Virumaa_algkoolid, lk 4
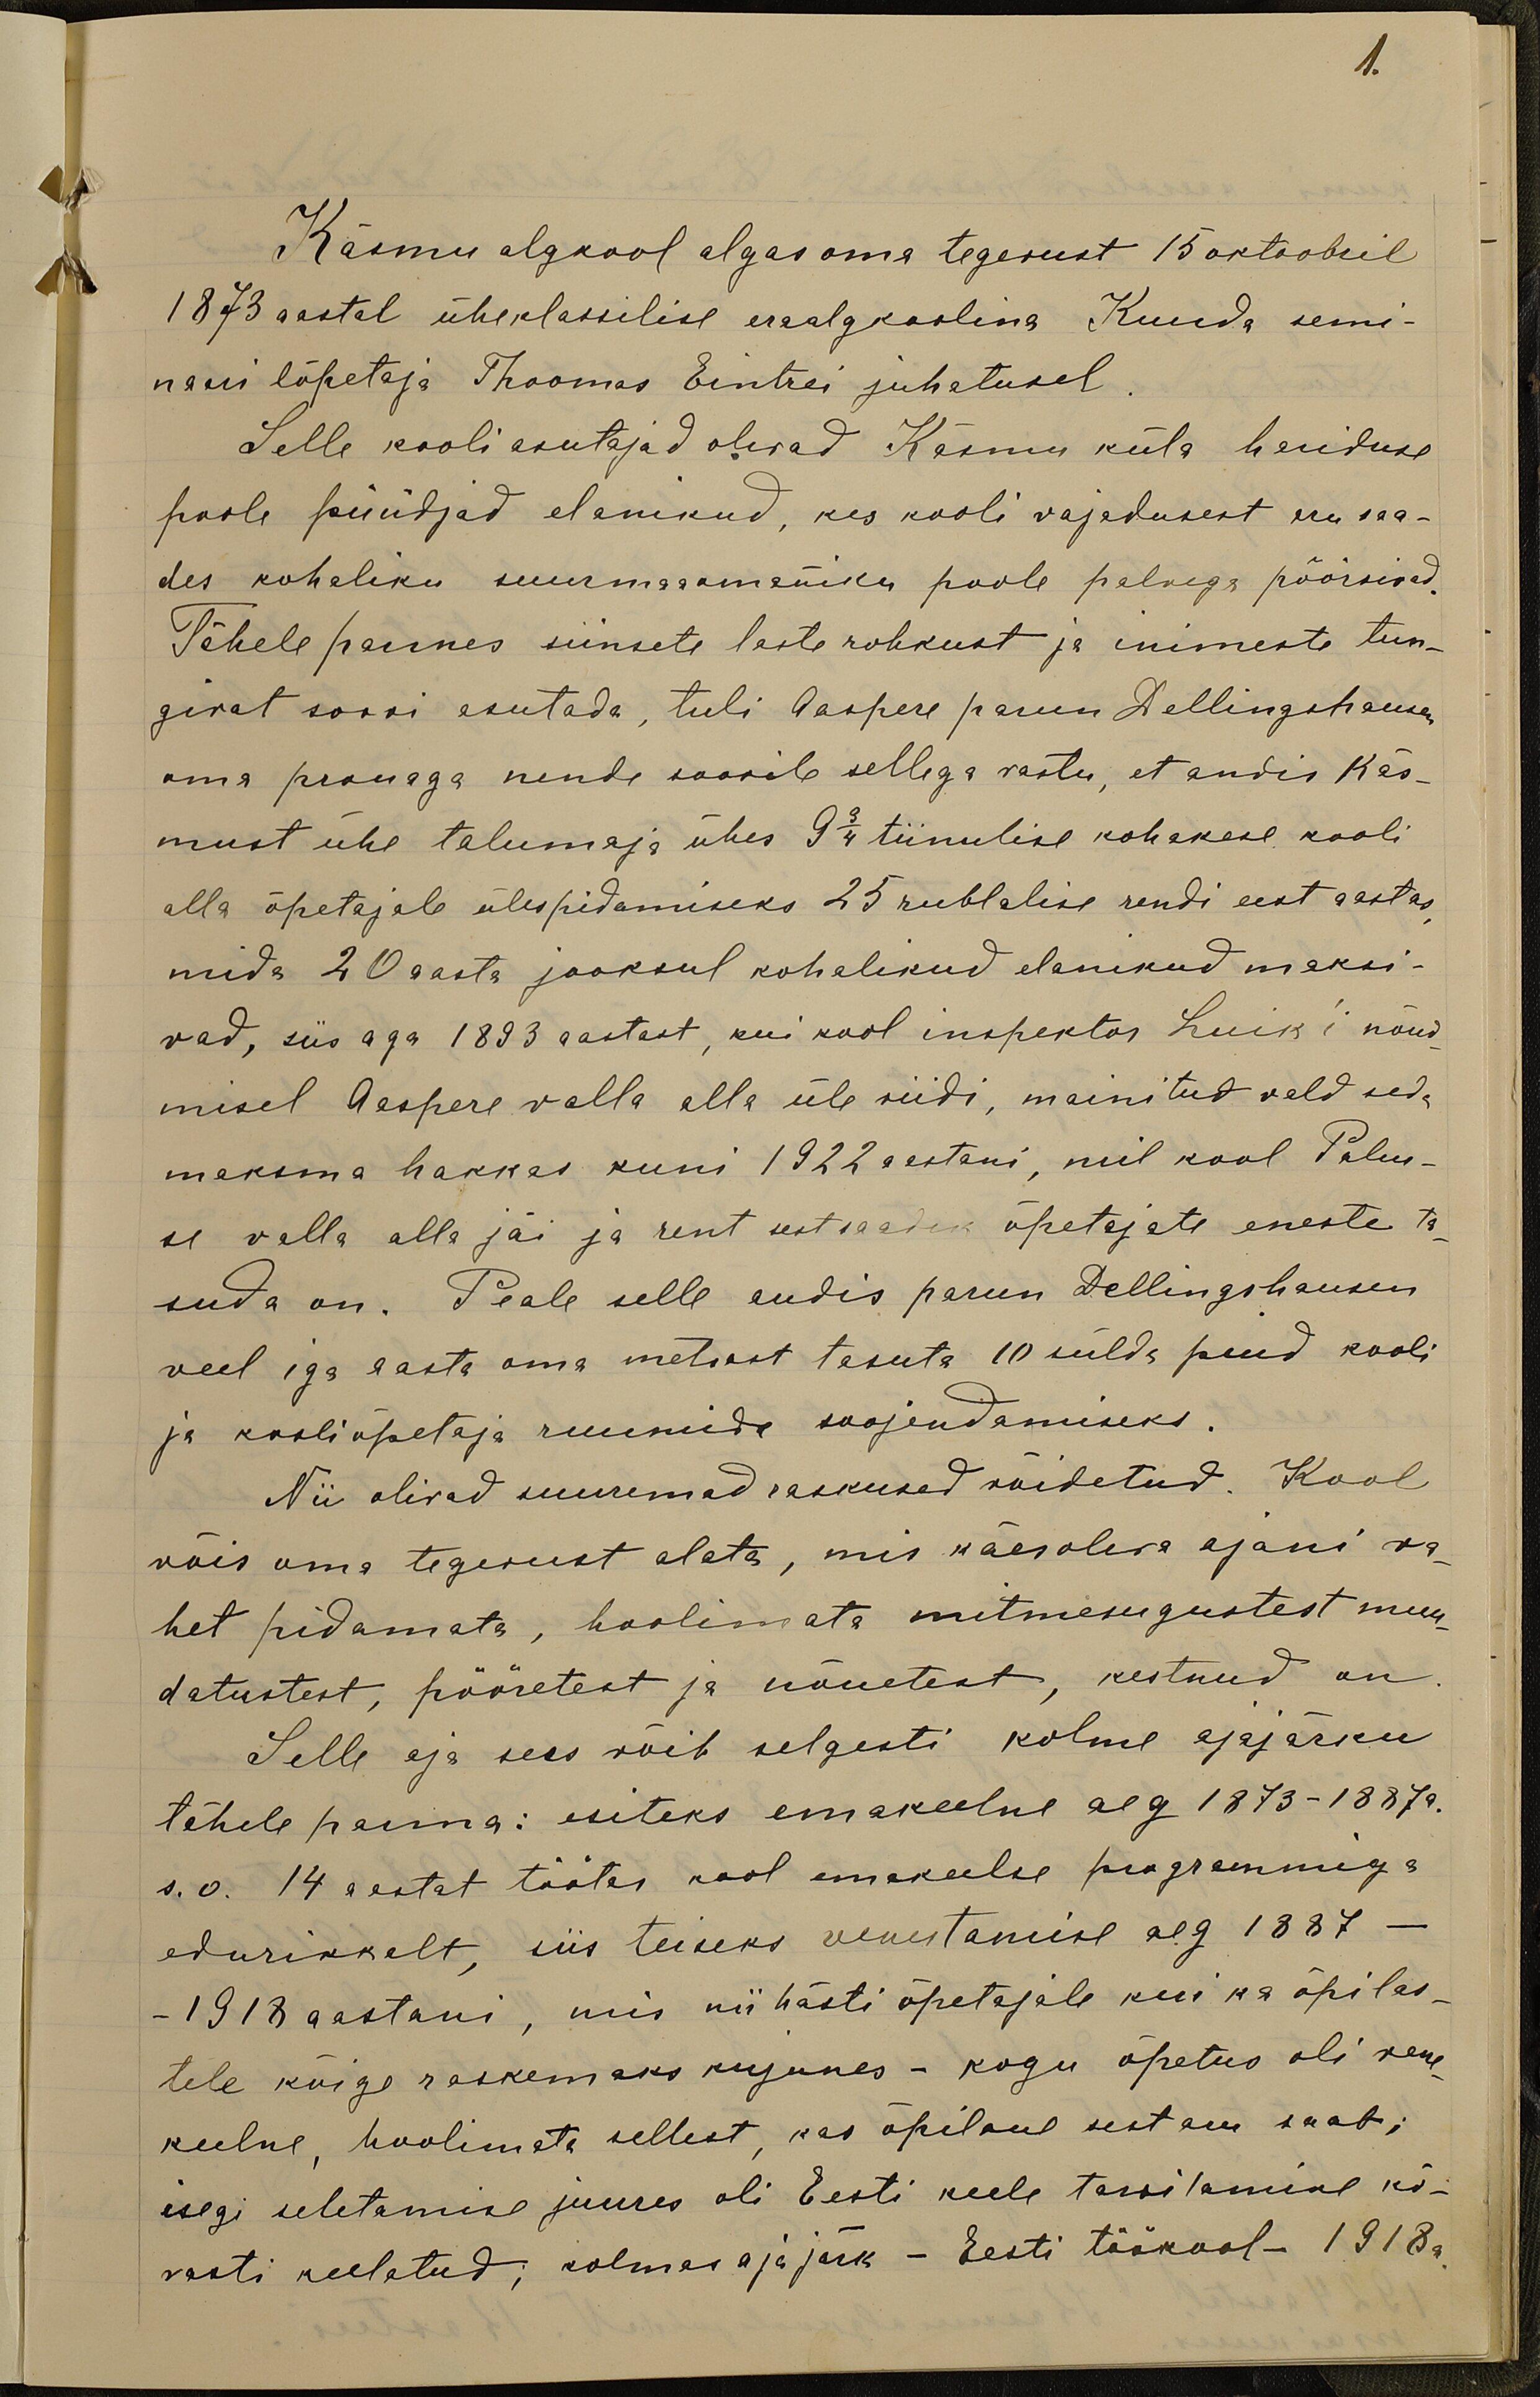
1.
Käsmu algkool algas oma tegevust 15 oktoobril
1873 aastal üheklassilise eraalgkoolina Kuuda semi-
naari lõpetaja Thoomas Eintrei juhatusel
Selle kooli asutajad olevad Käsmu küla hariduse
poole püüdjad elanikud, kes kooli vajadusest aru saa-
des kohaliku suurmaaomaniku poole palvega pöörsivad.
Tähele pannes siinsete laste rohkust ja inimeste tun-
givat soovi asutada, tuli Aaspere parun Dellingshausen
oma prouaga nende soovile sellega vastu, et andis Käs-
must ühe talumaja ühes 9 3/4 tiinulise kohakese kooli
alla õpetajale ülespidamiseks 25 rublalise rendi eest aastas,
mida 20 aasta jooksul kohalikud elanikud maksi-
vad, siis aga 1893 aastast, kui kool inspektor Luik'i nõud
misel Aaspere valla alla üle viidi, mainitud vald seda
maksma hakkas kuni 1922 aastani, mil kool Palus-
se valla alla jäi ja rent sest saadik õpetajate eneste ta-
suda on. Peale selle andis parun Dellingshausen
veel iga aasta oma metsast tasuta 10 sülda puid kooli
ja kooliõpetaja ruumide soojendamiseks.
Nii olivad suuremad raskused võidetud. Kool
võis oma tegevust alata, mis käesoleva ajani va-
het pidamata, hoolimata mitmesugustest muu-
datustest, pööretest ja nõuetest, kestnud on
Selle aja sees võib selgesti kolme ajajärku
tähele panna: esiteks emakeelne aeg 1873-1887 a.
s.o. 14 aastat töötas kool emakeelse programmiga
edurikkalt, siis teiseks venestamise aeg 1887-
-1918 aastani, mis nii hästi õpetajale kui ka õpilas-
tele kõige raskemaks kujunes - kogu õpetus oli vene-
keelne hoolimata sellest, kas õpilane sest aru saab;
isegi seletamise juures oli Eesti keele tarvitamine kõ-
vasti keelatud; kolmas aja järk - Eesti töökool - 1918 a.